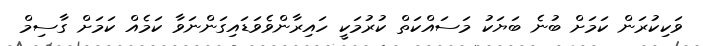
ވަކިކުރަން ކަމަށް ބުނެ ބަޔަކު މަސައްކަތް ކުރުމަކީ ހައިރާންވެވަޑައިގަންނަވާ ކަމެއް ކަމަށް ގާސިމް